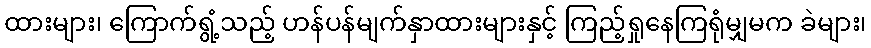
ထားများ၊ ကြောက်ရွံ့သည့် ဟန်ပန်မျက်နှာထားများနှင့် ကြည့်ရှုနေကြရုံမျှမက ခဲများ၊